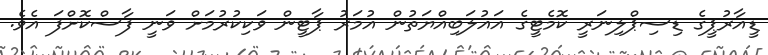
ޑީއާރުޕީގެ ޑިސިޕްލިނަރީ ކޮމެޓީގެ އަޣުލަބިއްޔަތުން އުމަރު ޕާޓީން ވަކިކުރުމަށް ވަނީ ފާސްކޮށްފަ އެވެ.